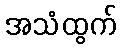
အသံထွက်